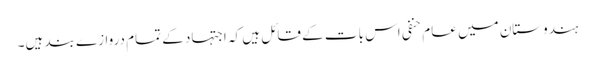
ہندوستان میں عام حنفی اس بات کے قائل ہیں کہ اجتہاد کے تمام دروازے بند ہیں۔